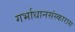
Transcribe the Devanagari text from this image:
गर्भाधानसंस्कारास